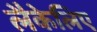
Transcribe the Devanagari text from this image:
लैकेलिए